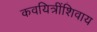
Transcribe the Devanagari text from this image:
कवयित्रींशिवाय